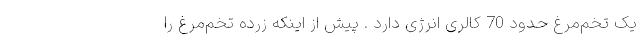
یک تخم‌مرغ حدود 70 کالری انرژی دارد . پیش از اینکه زرده تخم‌مرغ را